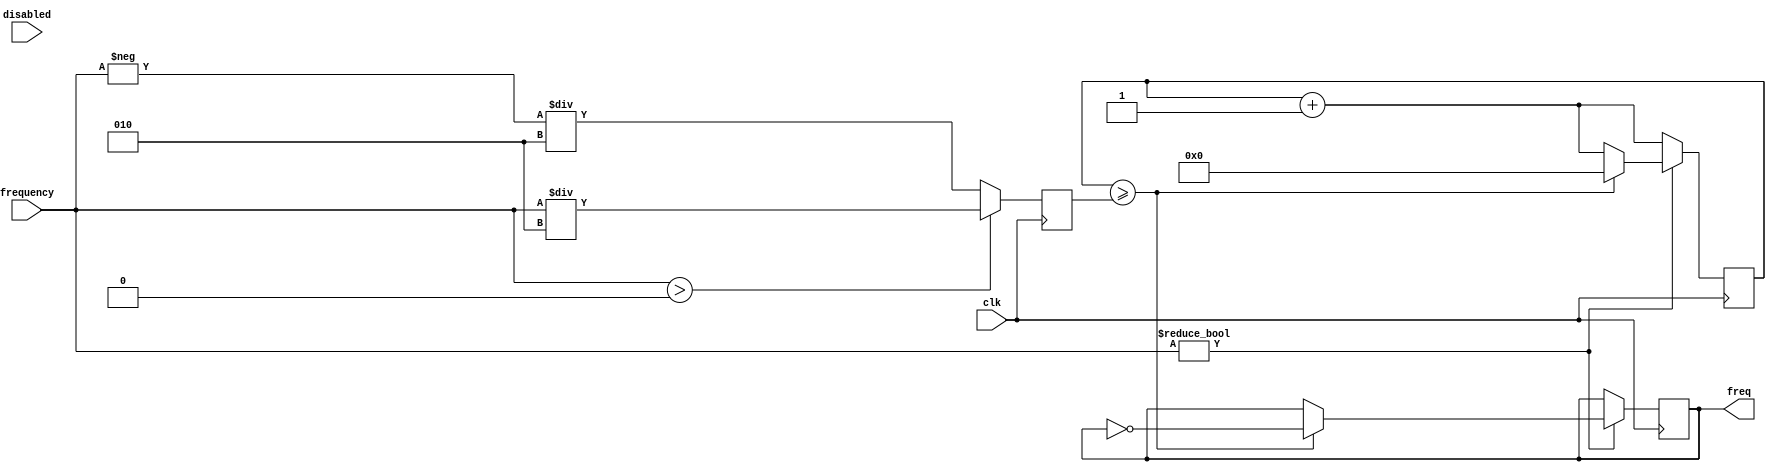

module freqout
    (
        input clk,
        input signed [31:0] frequency,
        input disabled,
        output freq
    );

    wire DIR;
    assign DIR = (frequency > 0);
    reg [31:0] freqCounter = 32'd0;
    reg [31:0] frequencyAbs = 32'd0;
    reg _signal = 0;
    assign freq = _signal;
    always @ (posedge clk) begin
        if (DIR) begin
            frequencyAbs <= frequency / 2;
        end else begin
            frequencyAbs <= -frequency / 2;
        end
        freqCounter <= freqCounter + 1;
        if (frequency != 0) begin
            if (freqCounter >= frequencyAbs) begin
                _signal <= ~_signal;
                freqCounter <= 32'b0;
            end
        end
    end
endmodule